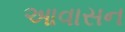
આવાસન